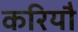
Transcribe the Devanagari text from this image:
करियौ